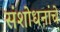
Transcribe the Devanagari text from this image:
संशोधनांचे